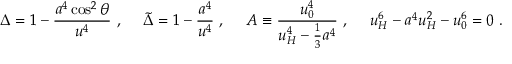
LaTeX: \Delta = 1 - { \frac { a ^ { 4 } \cos ^ { 2 } \theta } { u ^ { 4 } } } \ , \ \ \ \ \tilde { \Delta } = 1 - { \frac { a ^ { 4 } } { u ^ { 4 } } } \ , \ \ \ \ A \equiv { \frac { u _ { 0 } ^ { 4 } } { u _ { H } ^ { 4 } - \frac { 1 } { 3 } a ^ { 4 } } } \ , \ \ \ \ u _ { H } ^ { 6 } - a ^ { 4 } u _ { H } ^ { 2 } - u _ { 0 } ^ { 6 } = 0 \ .